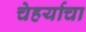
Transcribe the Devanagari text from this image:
चेहर्याचा